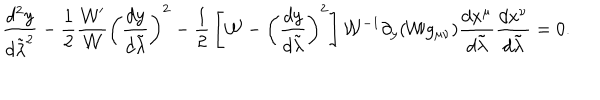
LaTeX: { \frac { d ^ { 2 } y } { d \tilde { \lambda } ^ { 2 } } } - { \frac { 1 } { 2 } } { \frac { { \cal W } ^ { \prime } } { \cal W } } \left( { \frac { d y } { d \tilde { \lambda } } } \right) ^ { 2 } - { \frac { 1 } { 2 } } \left[ { \cal W } - \left( { \frac { d y } { d \tilde { \lambda } } } \right) ^ { 2 } \right] { \cal W } ^ { - 1 } \partial _ { y } ( { \cal W } g _ { \mu \nu } ) { \frac { d x ^ { \mu } } { d \tilde { \lambda } } } { \frac { d x ^ { \nu } } { d \tilde { \lambda } } } = 0 .